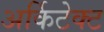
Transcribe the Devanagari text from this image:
अर्किटेक्ट